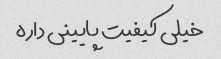
خیلی کیفیت پایینی داره